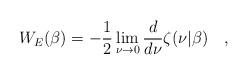
LaTeX: \begin{align*}W_E(\beta)=-\frac 12 \lim_{\nu \rightarrow 0}{d \over d\nu}\zeta(\nu|\beta)~~~,\end{align*}